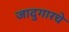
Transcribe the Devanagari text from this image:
जादुगारचे